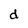
Character: d